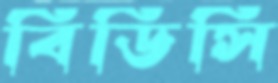
বিডিসি